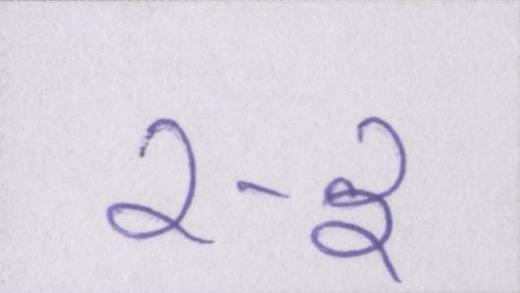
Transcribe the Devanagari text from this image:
२-३